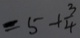
= 5 + \frac { 3 } { 4 }